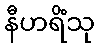
နီဟရိံသု